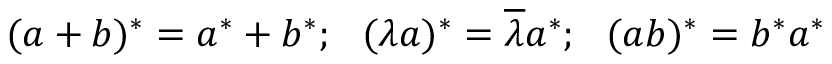
( a + b ) ^ { * } = a ^ { * } + b ^ { * } ; ~ ~ ( \lambda a ) ^ { * } = \overline { { { \lambda } } } a ^ { * } ; ~ ~ ( a b ) ^ { * } = b ^ { * } a ^ { * }